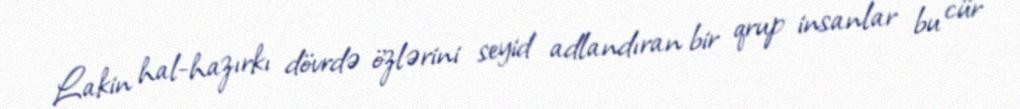
Lakin hal-hazırkı dövrdə özlərini seyid adlandıran bir qrup insanlar bu cür